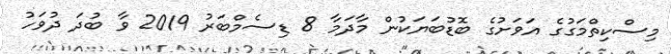
މިސްކިތްމަގުގެ އަވަށުގެ ބޮޑުބަޔަކުން މާދަމާ 8 ޑިސެމްބަރު 2019 ވާ ބުދަ ދުވަހު